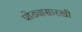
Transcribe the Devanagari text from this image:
घोड्यासारखी